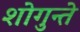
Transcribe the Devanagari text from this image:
शोगुन्ते